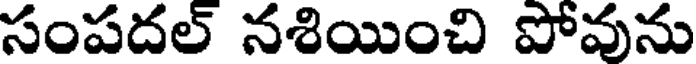
సంపదల్ నశియించి పోవును